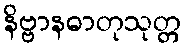
နိဗ္ဗာနဓာတုသုတ္တ